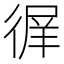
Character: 𢔦